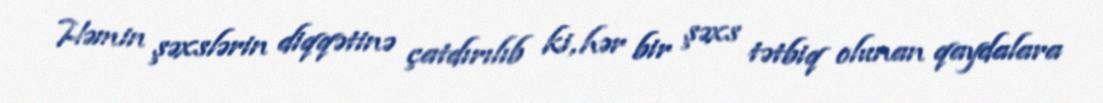
Həmin şəxslərin diqqətinə çatdırılıb ki, hər bir şəxs tətbiq olunan qaydalara